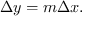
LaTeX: \Delta y = m \Delta x .